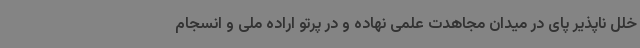
خلل ناپذیر پای در میدان مجاهدت علمی نهاده و در پرتو اراده ملی و انسجام